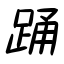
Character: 踊